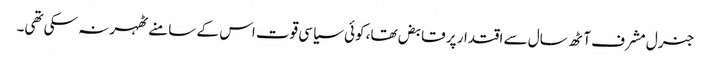
جنرل مشرف آٹھ سال سے اقتدار پر قابض تھا، کوئی سیاسی قوت اس کے سامنے ٹھہر نہ سکی تھی۔